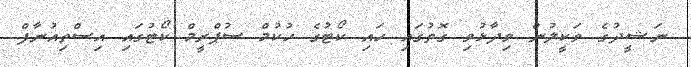
ނަޝީދުގެ ވަކީލުން ވިދާޅުވި ގޮތުގައި ހައި ކޯޓުގެ ހުކުމް ސުޕްރީމް ކޯޓުގައި އިސްތިއުނާފް